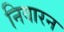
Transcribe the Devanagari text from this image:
निवारन